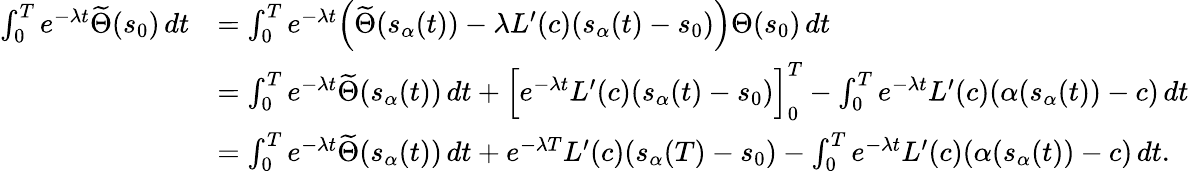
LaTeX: \begin{array}{rl}{\int_{0}^{T}e^{-\lambda t}\widetilde{\Theta}(s_{0})\, dt}&{=\int_{0}^{T}e^{-\lambda t}\Bigl(\widetilde{\Theta}(s_{\alpha}(t))-\lambda L^{\prime}(c)(s_{\alpha}(t)-s_{0})\Bigr){\Theta}(s_{0})\, dt}\\ &{=\int_{0}^{T}e^{-\lambda t}\widetilde{\Theta}(s_{\alpha}(t))\, dt+\Bigl[e^{-\lambda t}L^{\prime}(c)(s_{\alpha}(t)-s_{0})\Bigr]_{0}^{T}-\int_{0}^{T}e^{-\lambda t}L^{\prime}(c)(\alpha(s_{\alpha}(t))-c)\, dt}\\ &{=\int_{0}^{T}e^{-\lambda t}\widetilde{\Theta}(s_{\alpha}(t))\, dt+e^{-\lambda T}L^{\prime}(c)(s_{\alpha}(T)-s_{0})-\int_{0}^{T}e^{-\lambda t}L^{\prime}(c)(\alpha(s_{\alpha}(t))-c)\, dt.}\end{array}